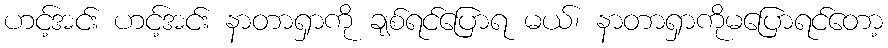
ဟင့်အင်း ဟင့်အင်း နာတာရှာကို ချစ်ရင်ပြောရ မယ်၊ နာတာရှာကိုမပြောရင်တော့